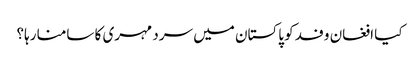
کیا افغان وفد کو پاکستان میں سرد مہری کا سامنا رہا؟